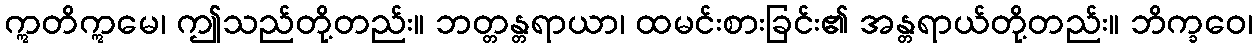
ဣတိဣမေ၊ ဤသည်တို့တည်း။ ဘတ္တန္တရာယာ၊ ထမင်းစားခြင်း၏ အန္တရာယ်တို့တည်း။ ဘိက္ခဝေ၊